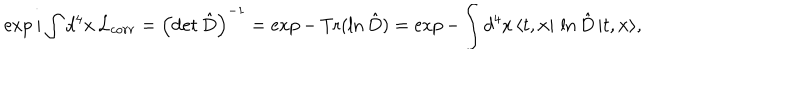
\exp i \int d ^ { 4 } x \, { \cal L } _ { c o r r } = \left( \mathrm { d e t } \, { \hat { D } } \right) ^ { - 1 } = \exp - \, \mathrm { T r } ( \ln { \hat { D } } ) = \exp - \int d ^ { 4 } x \, \langle t , { \bf x } \vert \, \ln { \hat { D } } \, \vert t , { \bf x } \rangle ,